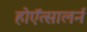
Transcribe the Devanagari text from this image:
होऍत्सालर्न